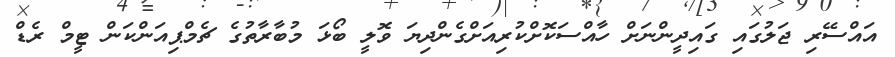
އައްސޭރި ޖަލުގައި ގައިދީންނަށް ހާއްސަކޮށްކުރިއަށްގެންދިޔަ ވޮލީ ބޯޅަ މުބާރާތުގެ ޗެމްޕިއަންކަން ޓީމް ރެޑް